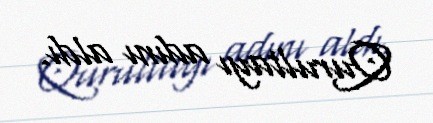
Qurultayı adını aldı.